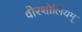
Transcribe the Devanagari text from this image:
वीरशोलियम्